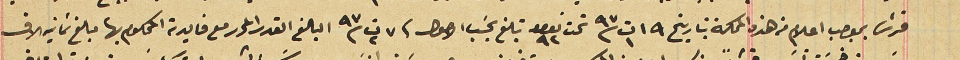
قرش بموجب اعلام من هذه المحكمة بتاريخ ١٩ ت١ سنة ٩٧ تحت نمرو ٩٢ تبلغ بحسَب الاصول فى ٧ ت٢ سنة ٩٧ البالغ القدر المحرر مع فايدته المحكوم بها مبلغ ثمانية الاف